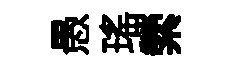
愚瑤縈